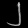
Digit: ၂